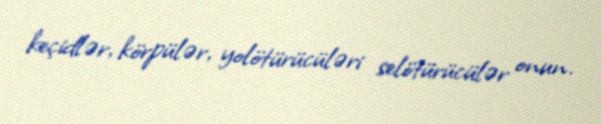
keçidlər, körpülər, yolötürücüləri selötürücülər onun.